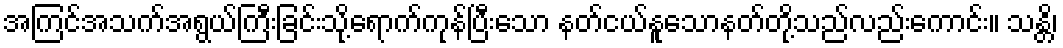
အကြင်အသက်အရွယ်ကြီးခြင်းသို့ရောက်ကုန်ပြီးသော နတ်ငယ်နူသောနတ်တို့သည်လည်းကောင်း။ သန္တိ၊